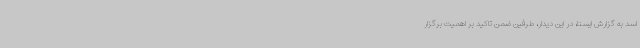
اسد به گزارش ایسنا، در این دیدار، طرفین ضمن تاکید بر اهمیت برگزار